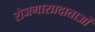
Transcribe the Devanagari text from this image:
रोजगारप्रदाताओं